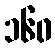
၁၆၀